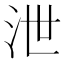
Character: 泄